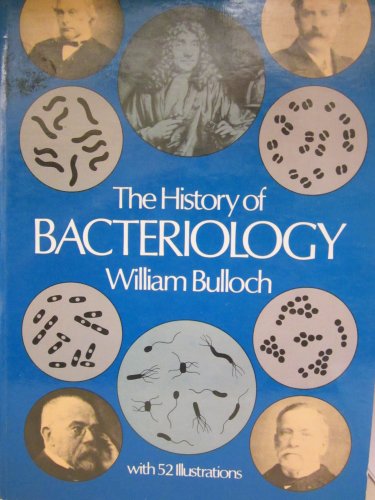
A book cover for History of Bacteriology; William Bulloch; Medical Books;